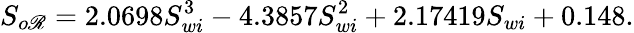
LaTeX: S_{o\mathscr{R}}=2.0698S_{wi}^{3}-4.3857S_{wi}^{2}+2.17419S_{wi}+0.148.